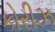
કોરીઝ